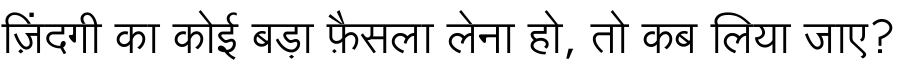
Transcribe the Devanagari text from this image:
ज़िंदगी का कोई बड़ा फ़ैसला लेना हो, तो कब लिया जाए?